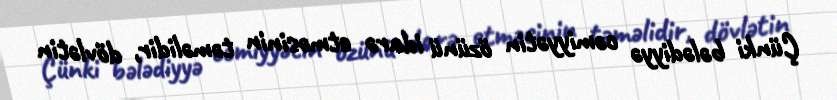
Çünki bələdiyyə cəmiyyətin özünü idarə etməsinin təməlidir, dövlətin